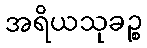
အရိယသုခဉ္စ